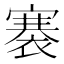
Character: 褰